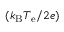
( k _ { \mathrm { B } } T _ { \mathrm { e } } / 2 e )